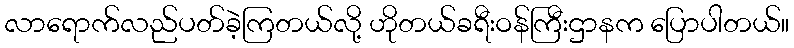
လာရောက်လည်ပတ်ခဲ့ကြတယ်လို့ ဟိုတယ်ခရီးဝန်ကြီးဌာနက ပြောပါတယ်။